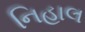
નિહાલ